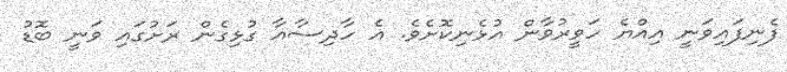
ފެނިފައިވަނީ އިއްޔެ ހަވީރުވާން އުޅެނިކޮށެވެ. އެ ހާދިސާއާ ގުޅިގެން ރަށުގައި ވަނީ ބޮޑު